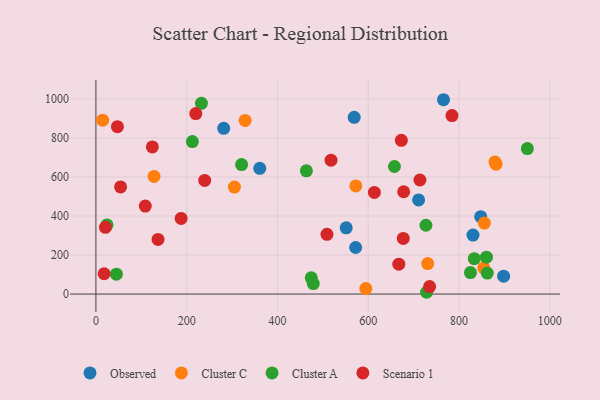
{"axis": {"x": "Study Hours", "y": "Demand"}, "legend": ["Cluster A", "Cluster C", "Observed", "Scenario 1"], "data": [{"x": "551.5", "y": 339.7, "type": "Observed"}, {"x": "711.0", "y": 482.6, "type": "Observed"}, {"x": "765.9", "y": 996.1, "type": "Observed"}, {"x": "898.4", "y": 91.8, "type": "Observed"}, {"x": "572.3", "y": 238.6, "type": "Observed"}, {"x": "847.9", "y": 396.6, "type": "Observed"}, {"x": "830.9", "y": 302.4, "type": "Observed"}, {"x": "361.0", "y": 644.7, "type": "Observed"}, {"x": "281.6", "y": 849.7, "type": "Observed"}, {"x": "569.1", "y": 906.0, "type": "Observed"}, {"x": "14.8", "y": 891.1, "type": "Cluster C"}, {"x": "881.7", "y": 665.8, "type": "Cluster C"}, {"x": "594.7", "y": 28.2, "type": "Cluster C"}, {"x": "879.3", "y": 677.4, "type": "Cluster C"}, {"x": "854.5", "y": 133.9, "type": "Cluster C"}, {"x": "731.1", "y": 156.3, "type": "Cluster C"}, {"x": "328.8", "y": 889.8, "type": "Cluster C"}, {"x": "305.2", "y": 548.1, "type": "Cluster C"}, {"x": "855.9", "y": 363.7, "type": "Cluster C"}, {"x": "572.7", "y": 554.3, "type": "Cluster C"}, {"x": "128.1", "y": 603.1, "type": "Cluster C"}, {"x": "728.6", "y": 9.1, "type": "Cluster A"}, {"x": "657.8", "y": 653.8, "type": "Cluster A"}, {"x": "232.5", "y": 977.5, "type": "Cluster A"}, {"x": "727.2", "y": 352.6, "type": "Cluster A"}, {"x": "479.0", "y": 53.9, "type": "Cluster A"}, {"x": "45.1", "y": 102.1, "type": "Cluster A"}, {"x": "825.3", "y": 110.2, "type": "Cluster A"}, {"x": "860.5", "y": 189.1, "type": "Cluster A"}, {"x": "24.4", "y": 354.1, "type": "Cluster A"}, {"x": "862.3", "y": 107.7, "type": "Cluster A"}, {"x": "212.6", "y": 781.8, "type": "Cluster A"}, {"x": "463.8", "y": 631.8, "type": "Cluster A"}, {"x": "321.0", "y": 663.5, "type": "Cluster A"}, {"x": "474.5", "y": 83.4, "type": "Cluster A"}, {"x": "833.7", "y": 181.2, "type": "Cluster A"}, {"x": "950.7", "y": 745.6, "type": "Cluster A"}, {"x": "677.2", "y": 285.3, "type": "Scenario 1"}, {"x": "108.8", "y": 451.1, "type": "Scenario 1"}, {"x": "18.1", "y": 104.0, "type": "Scenario 1"}, {"x": "124.3", "y": 754.0, "type": "Scenario 1"}, {"x": "613.6", "y": 520.8, "type": "Scenario 1"}, {"x": "673.0", "y": 787.8, "type": "Scenario 1"}, {"x": "518.1", "y": 686.0, "type": "Scenario 1"}, {"x": "678.1", "y": 524.5, "type": "Scenario 1"}, {"x": "187.8", "y": 387.5, "type": "Scenario 1"}, {"x": "735.3", "y": 38.5, "type": "Scenario 1"}, {"x": "784.6", "y": 915.1, "type": "Scenario 1"}, {"x": "54.4", "y": 549.0, "type": "Scenario 1"}, {"x": "509.1", "y": 306.1, "type": "Scenario 1"}, {"x": "667.4", "y": 153.3, "type": "Scenario 1"}, {"x": "136.9", "y": 279.8, "type": "Scenario 1"}, {"x": "713.9", "y": 584.5, "type": "Scenario 1"}, {"x": "47.4", "y": 857.7, "type": "Scenario 1"}, {"x": "239.7", "y": 582.6, "type": "Scenario 1"}, {"x": "21.0", "y": 342.2, "type": "Scenario 1"}, {"x": "220.1", "y": 925.3, "type": "Scenario 1"}]}